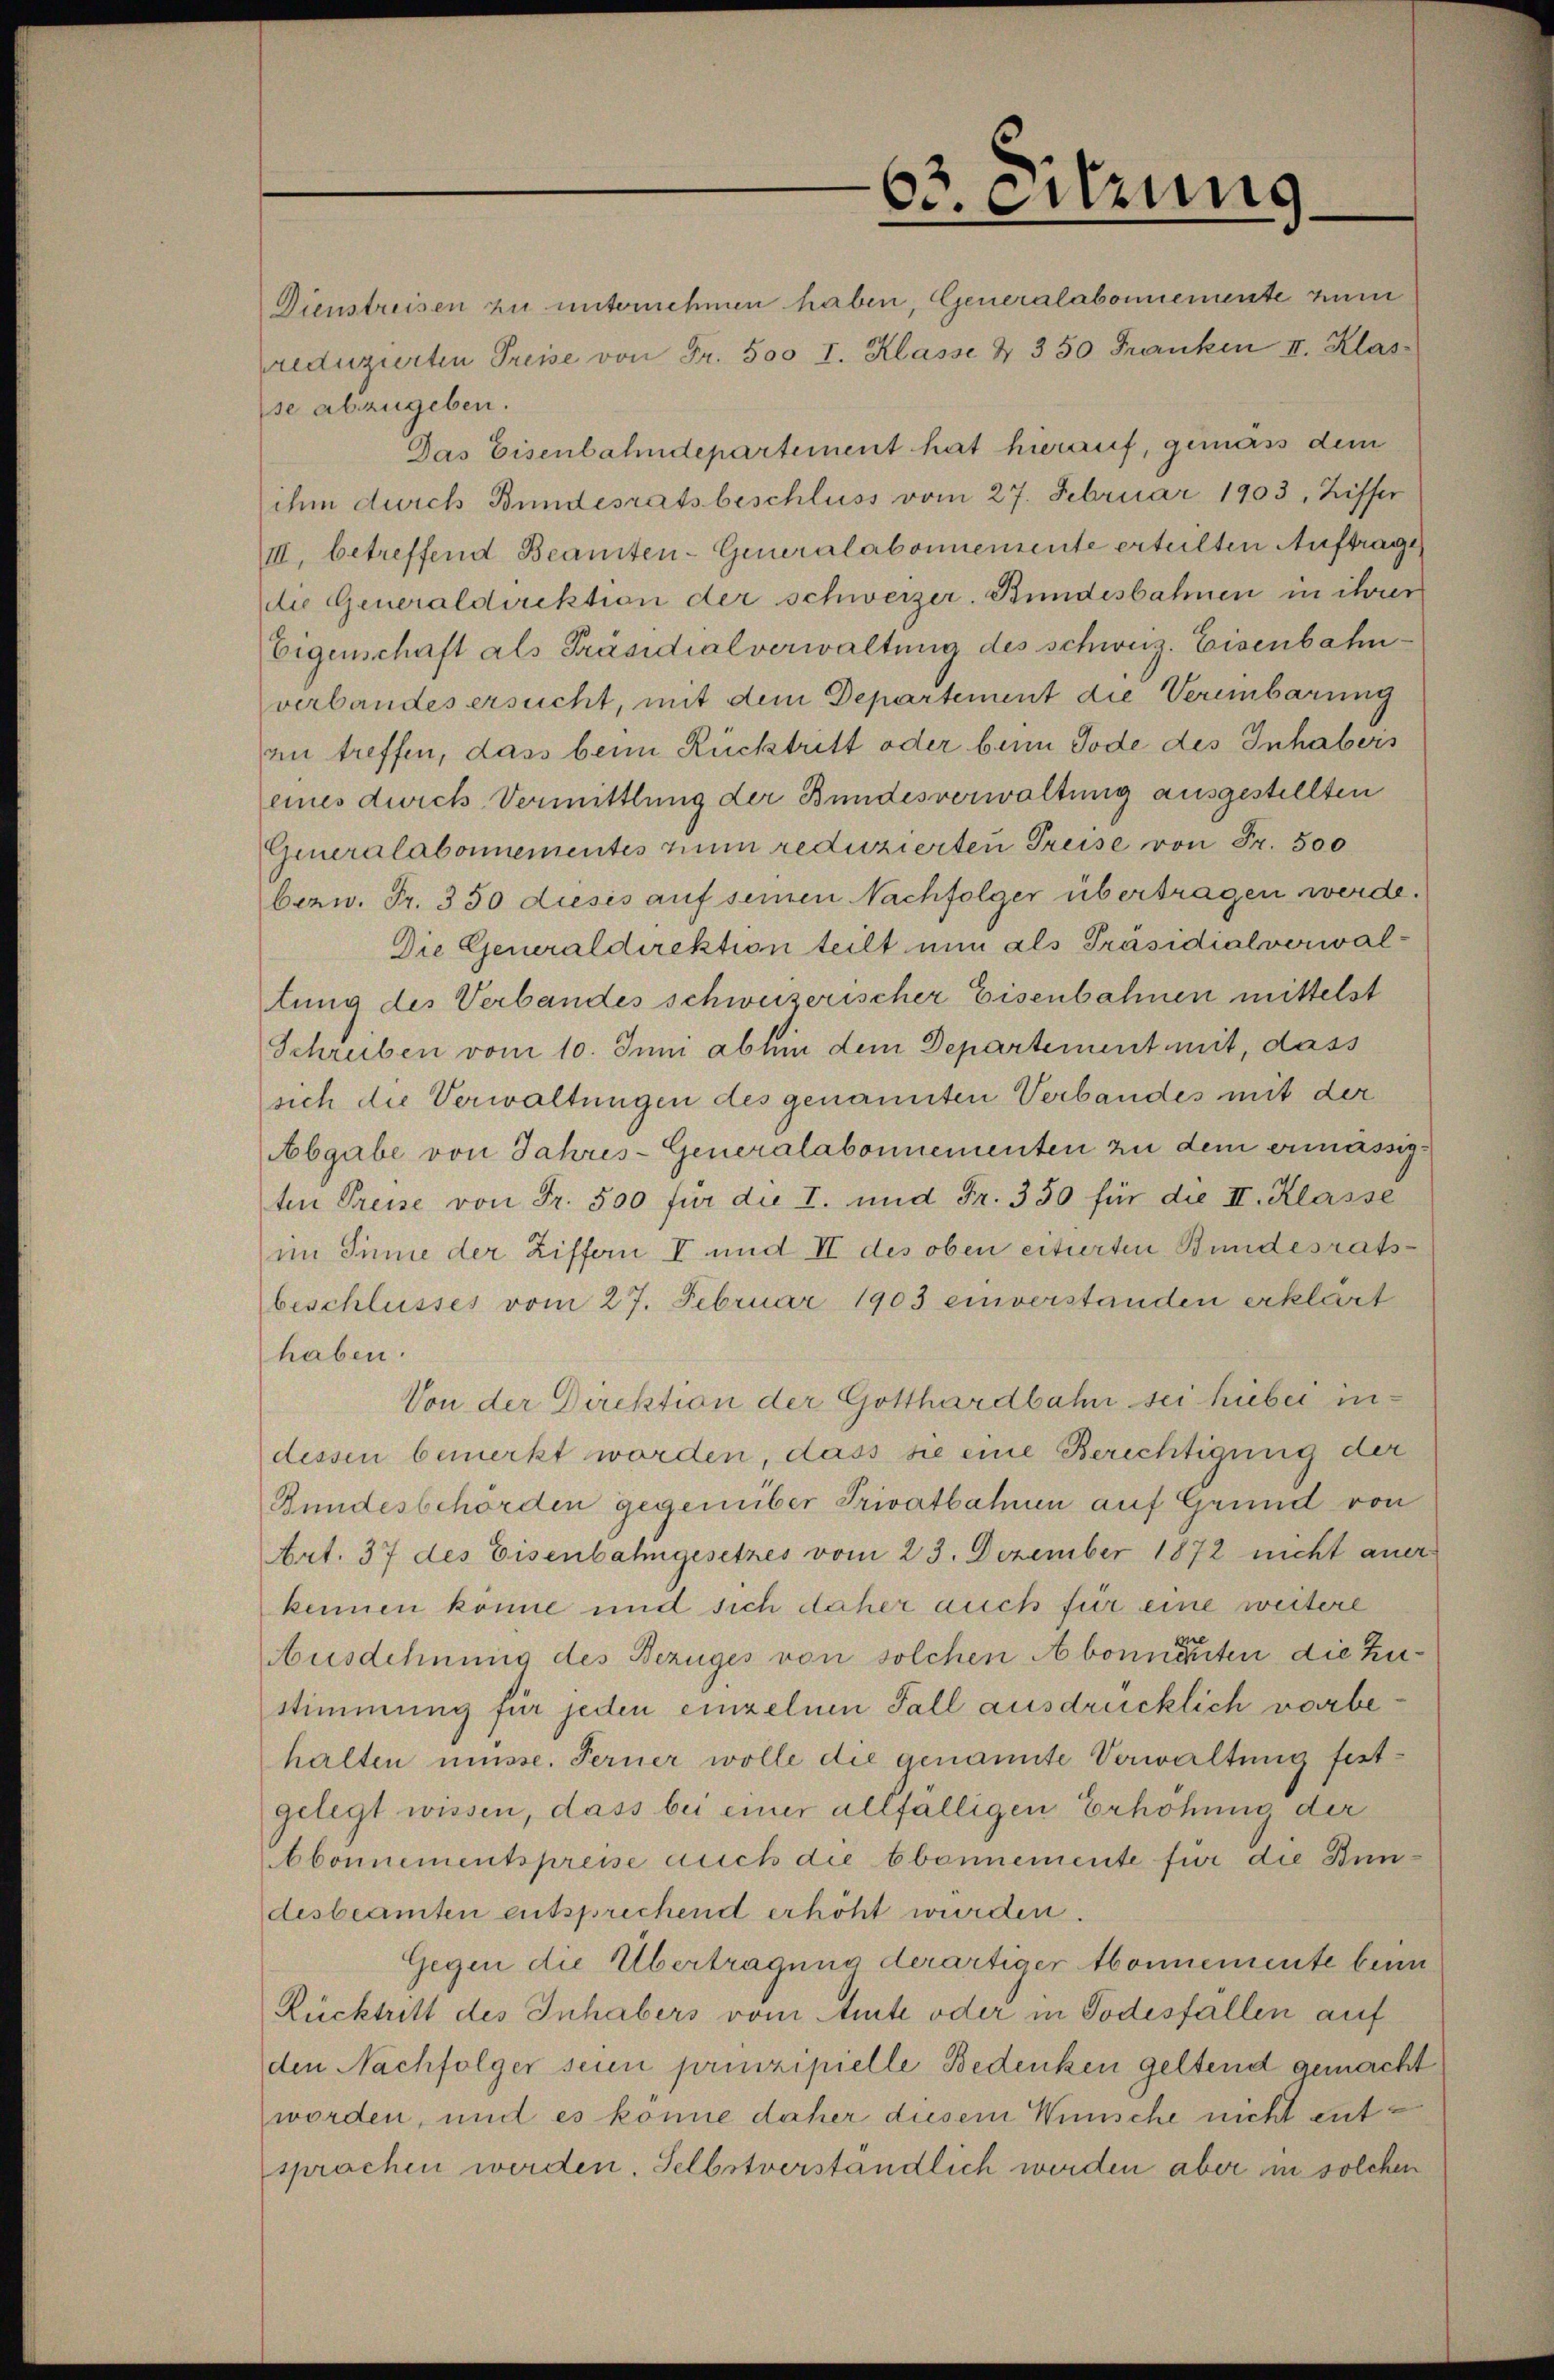
63. eitzung

Dienstreisen zu unternehmen haben, Generalabonnemente zum
reduzirten Preise von Fr. 500 I. Klasse & 350 Franken II. Klas
(se abzugeben.
Das Eisenbahndepartement hat hierauf, gemäss dem
ihm durch Bundesratsbeschluss vom 27. Februar 1903, Ziffer
III, betreffend Beamten-Generalabonnemente erteilten Auftrage
de Generaldirektion der schweizer. Bundesbahnen in ihrer
Eigenschaft als Präsidialverwaltung des schweiz. Eisenbahnverbandes ersucht, mit dem Departement die Vereinbarung
zu treffen, dass beim Rücktritt oder beim Tode des Inhabers
eines durch Vermittlung der Bundesverwaltung ausgestellten
Generalabonnementes zum reduzierten Preise von Fr. 500
bezw. Fr. 350 dieses auf seinen Nachfolger übertragen werde.
Die Generaldirektion teilt nun als Präsidialverwal-
lung des Verbandes schweizerischer Eisenbahnen mittelst
Schreiben vom 10. Juni abhin dem Departement mit, dass
sich die Verwaltungen des genannten Verbandes mit der
Abgabe von Jahres-Generalabonnementen zu dem ermässigten Preise von Fr. 500 für die I. und Fr. 350 für die II. Klasse
im Sinne der Ziffern I und II des oben citierten Bundesrats-
beschlusses vom 27. Februar 1903 einverstanden erklärt
haben.
Von der Direktion der Gotthardbahn sei hiebei indessen bemerkt worden, dass sie eine Berichtigung der
Bundesbehörden gegenüber Privatbahnen auf Grund von
Art. 37 des Eisenbahngesetzes vom 23. Dezember 1872 nicht anerkennen könne und sich daher auch für eine weitere
Ausdehnung des Bezuges von solchen Abonnenten die Zustimmung für jeden einzelnen Fall ausdrücklich vorbehalten müsse. Ferner wolle die genannte Verwaltung festgelegt wissen, dass bei einer allfälligen Erhöhung der
Abonnementspreise auch die bbonnemente für die Bundesbeamten entsprechend erhöht wurden.
Gegen die Übertragung derartiger Abonnemente beim
Rücktritt des Inhabers vom Amte oder in Todesfällen auf
den Nachfolger seien prinzipielle Bedenken geltend gemacht
worden, und es könne daher diesem Wünsche nicht entsprachen werden. Selbstverständlich werden aber in solchen